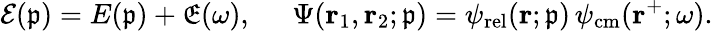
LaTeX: \mathcal{E}(\mathfrak{p})=E(\mathfrak{p})+\mathfrak{E}(\omega),\; \; \; \; \; \Psi(\mathbf{r}_{1},\mathbf{r}_{2};\mathfrak{p})=\psi_{\mathrm{rel}}(\mathbf{r};\mathfrak{p})\, \psi_{\mathrm{cm}}(\mathbf{r}^{+};\omega).